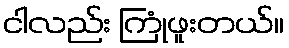
ငါလည်း ကြုံဖူးတယ်။